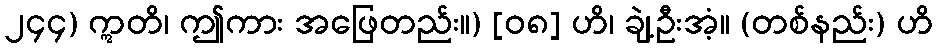
၂၄၄) ဣတိ၊ ဤကား အဖြေတည်း။) [၀၈] ဟိ၊ ချဲ့ဦးအံ့။ (တစ်နည်း) ဟိ